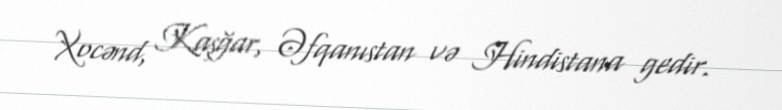
Xocənd, Kaşğar, Əfqanıstan və Hindistana gedir.